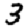
Digit: 3